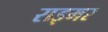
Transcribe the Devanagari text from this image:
राइमर